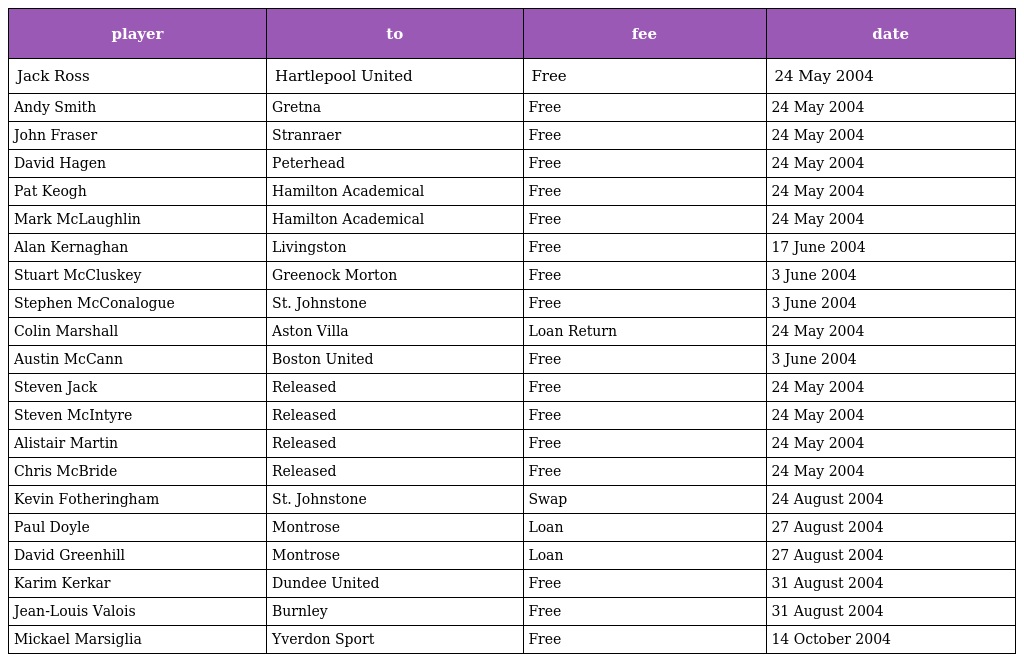
| player | to | fee | date |
 | --- | --- | --- | --- |
 | Jack Ross | Hartlepool United | Free | 24 May 2004 |
 | Andy Smith | Gretna | Free | 24 May 2004 |
 | John Fraser | Stranraer | Free | 24 May 2004 |
 | David Hagen | Peterhead | Free | 24 May 2004 |
 | Pat Keogh | Hamilton Academical | Free | 24 May 2004 |
 | Mark McLaughlin | Hamilton Academical | Free | 24 May 2004 |
 | Alan Kernaghan | Livingston | Free | 17 June 2004 |
 | Stuart McCluskey | Greenock Morton | Free | 3 June 2004 |
 | Stephen McConalogue | St. Johnstone | Free | 3 June 2004 |
 | Colin Marshall | Aston Villa | Loan Return | 24 May 2004 |
 | Austin McCann | Boston United | Free | 3 June 2004 |
 | Steven Jack | Released | Free | 24 May 2004 |
 | Steven McIntyre | Released | Free | 24 May 2004 |
 | Alistair Martin | Released | Free | 24 May 2004 |
 | Chris McBride | Released | Free | 24 May 2004 |
 | Kevin Fotheringham | St. Johnstone | Swap | 24 August 2004 |
 | Paul Doyle | Montrose | Loan | 27 August 2004 |
 | David Greenhill | Montrose | Loan | 27 August 2004 |
 | Karim Kerkar | Dundee United | Free | 31 August 2004 |
 | Jean-Louis Valois | Burnley | Free | 31 August 2004 |
 | Mickael Marsiglia | Yverdon Sport | Free | 14 October 2004 |